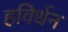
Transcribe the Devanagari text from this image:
हविर्धन